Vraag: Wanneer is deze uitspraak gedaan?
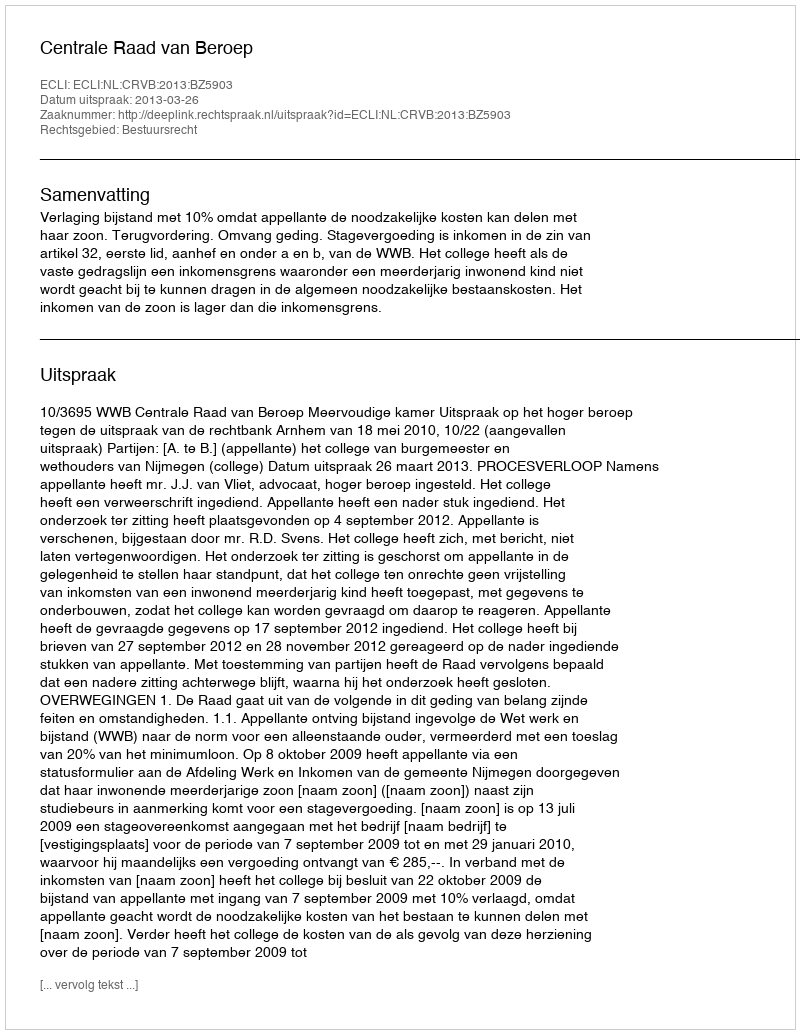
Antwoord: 2013-03-26